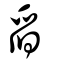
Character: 舀